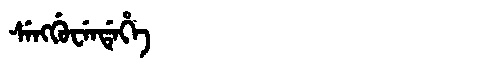
Manchu: ᠰᡝᠩᡤᡠᠸᡝᠨᡩᡝᡥᡝ
Romanization: SENGGUWENDEHE